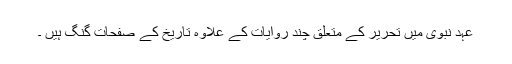
عہدِ نبوی میں تحریر کے متعلق چند روایات کے علاوہ تاریخ کے صفحات گنگ ہیں ۔